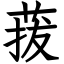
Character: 菝